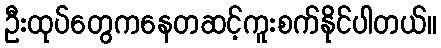
ဦးထုပ်တွေကနေတဆင့်ကူးစက်နိုင်ပါတယ်။